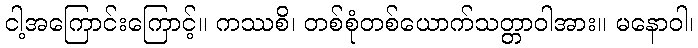
ငါ့အကြောင်းကြောင့်။ ကဿစိ၊ တစ်စုံတစ်ယောက်သတ္တာဝါအား။ မနောဝါ၊